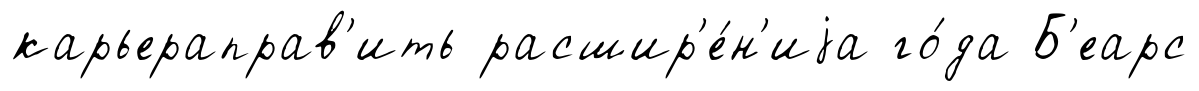
карьераправ'ить расшир'е́н'иjа го́да Б'еарс